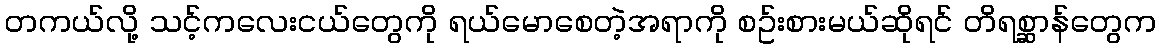
တကယ်လို့ သင့်ကလေးငယ်တွေကို ရယ်မောစေတဲ့အရာကို စဥ်းစားမယ်ဆိုရင် တိရစ္ဆာန်တွေက